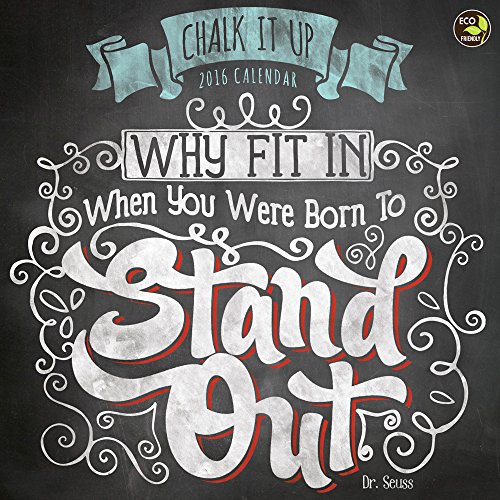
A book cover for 2016 Chalk It Up Wall Calendar; TF Publishing; Calendars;